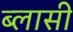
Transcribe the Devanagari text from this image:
ब्लासी